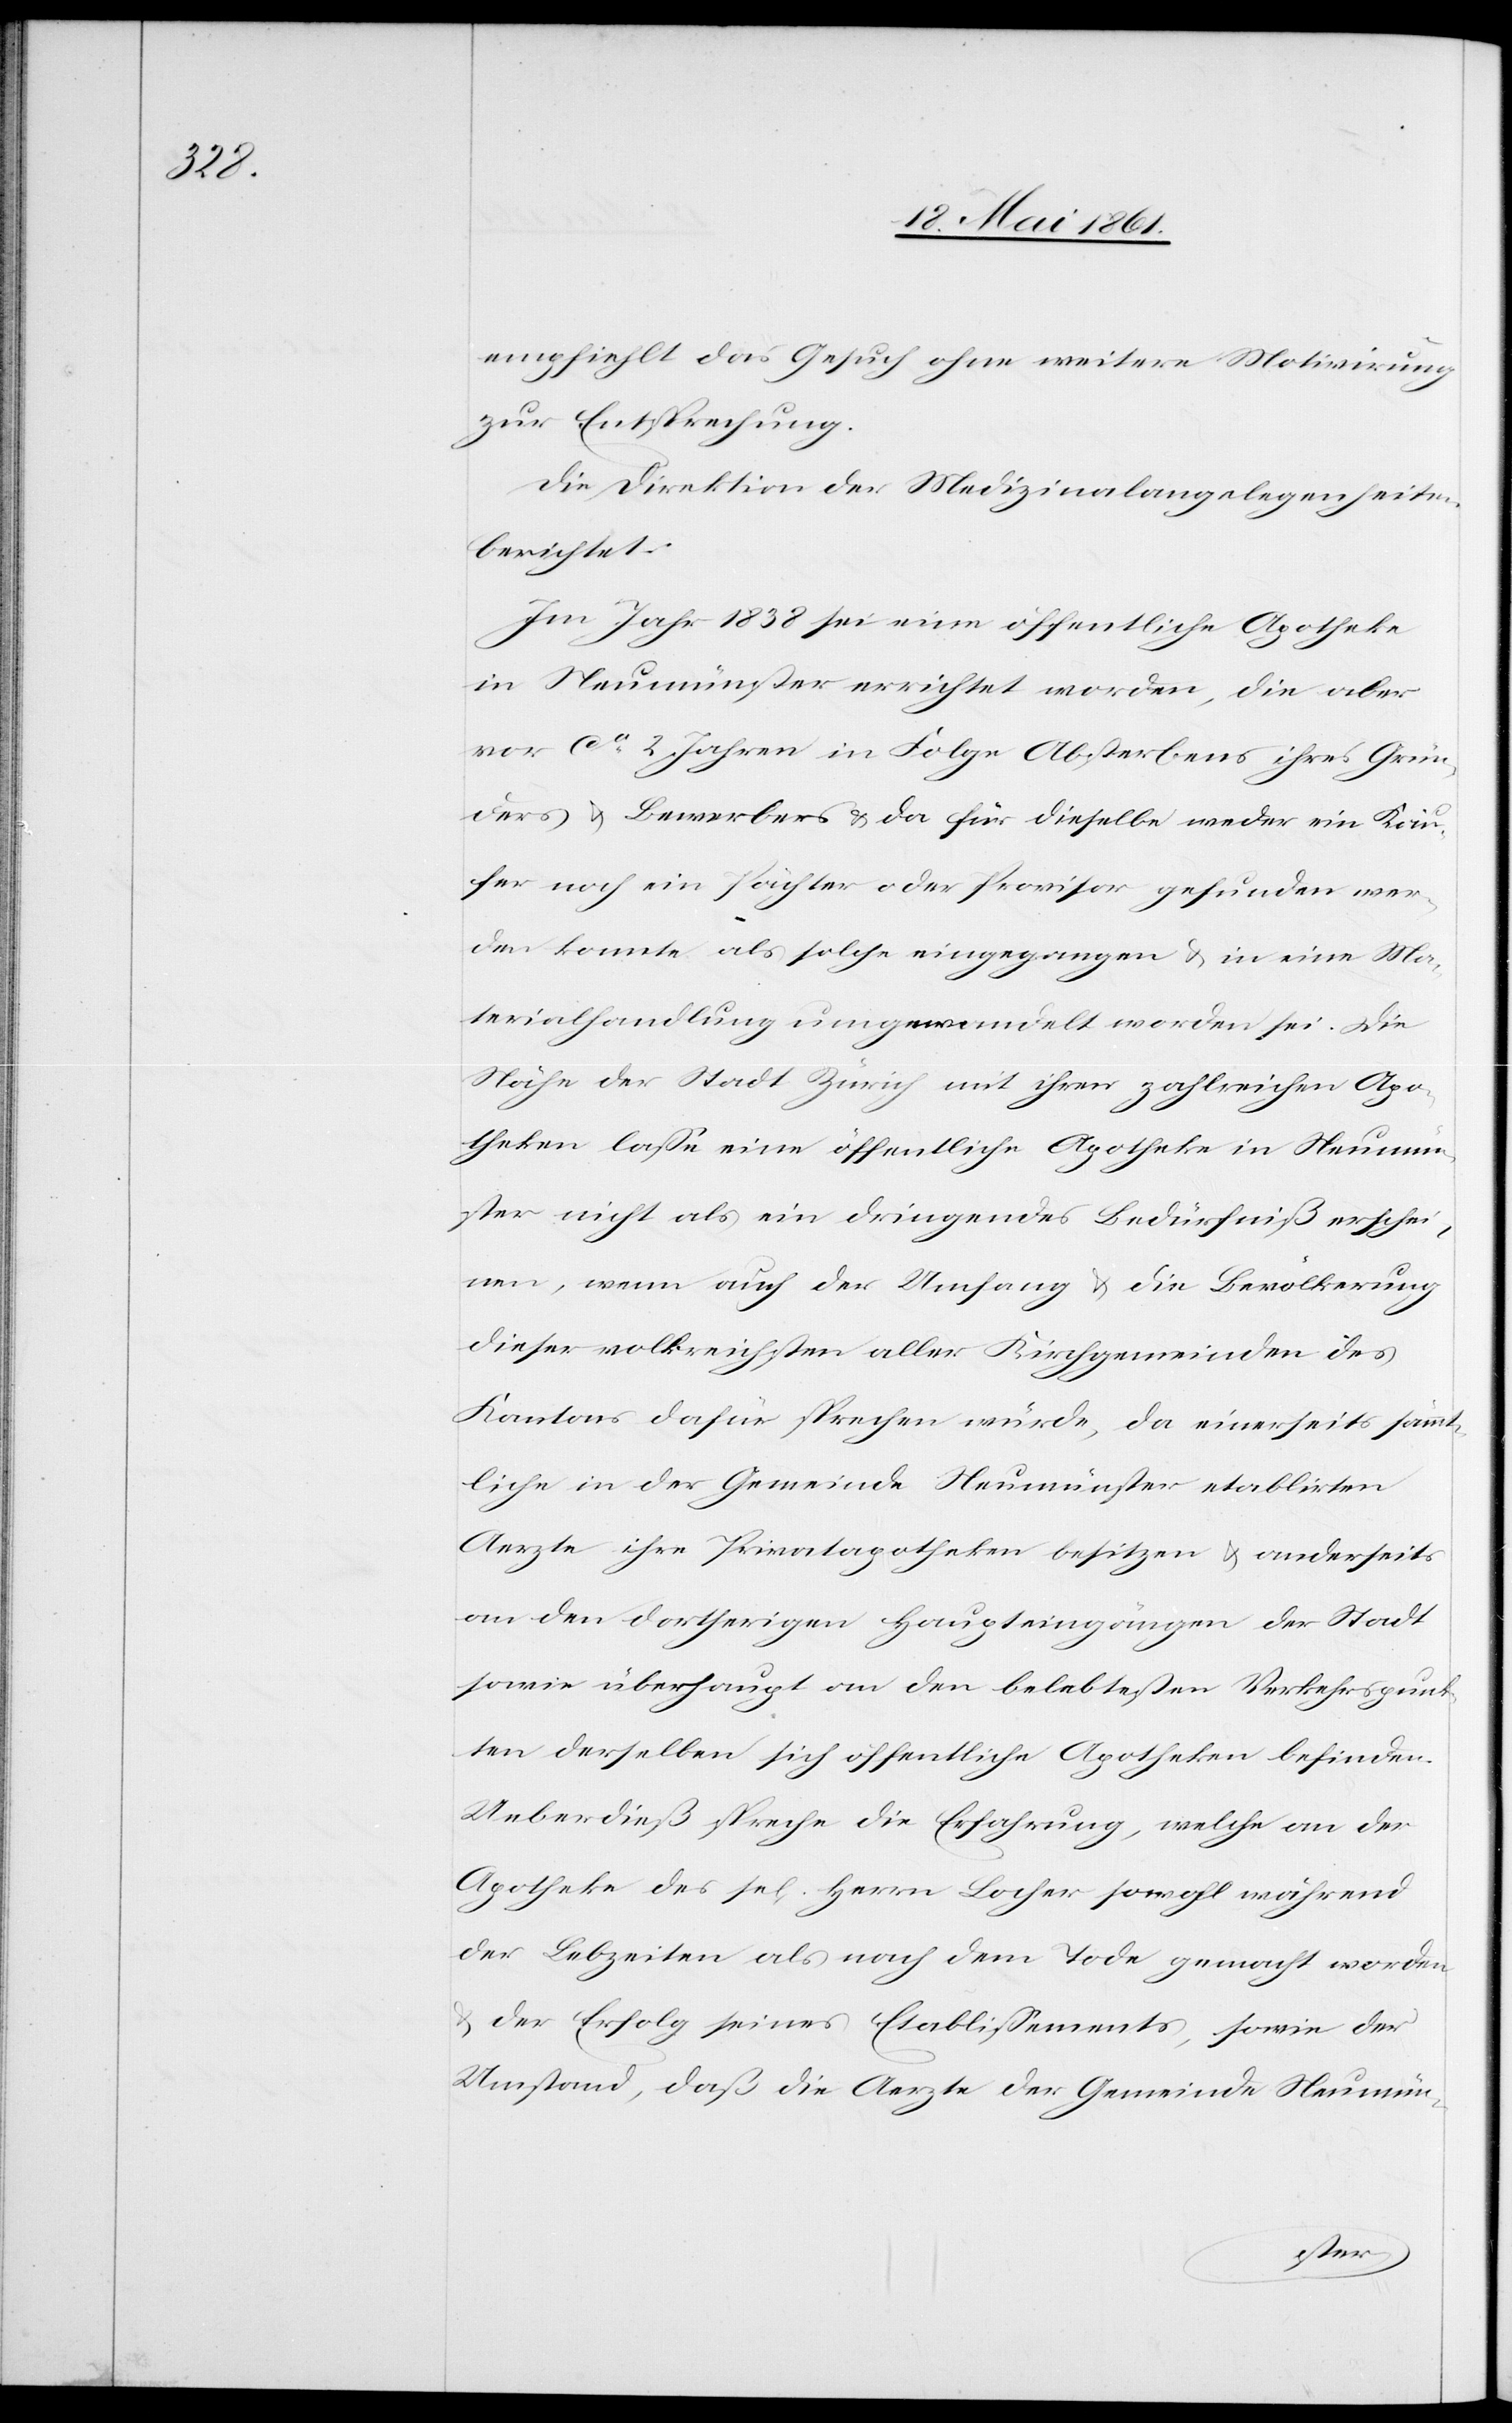
empfiehlt das Gesuch ohne weitere Motivirung
zur Entsprechung.
Die Direktion der Medizinalangelegenheiten
berichtet:
Im Jahr 1838 sei eine öffentliche Apotheke
in Neumünster errichtet worden, die aber
vor ca 2 Jahren in Folge Absterbens ihres Grün¬
ders u. Bewerbers u. da für dieselbe weder ein Käu¬
fer noch ein Pächter oder Provisor gefunden wer¬
den konnte als solche eingegangen u. in eine Ma¬
terialhandlung umgewandelt worden sei. Die
Nähe der Stadt Zürich mit ihren zahlreichen Apo¬
theken lasse eine öffentliche Apotheke in Neumün¬
ster nicht als ein dringendes Bedürfniß erschei¬
nen, wenn auch der Umfang u. die Bevölkerung
dieser volkreichsten aller Kirchgemeinden des
Kantons dafür sprechen würde, da einerseits sämmt¬
liche in der Gemeinde Neumünster etablirten
Aerzte ihre Privatapotheken besitzen u. anderseits
an den dortherigen Haupteingängen der Stadt
sowie überhaupt an den belebtesten Verkehrspunk¬
ten derselben sich öffentliche Apotheken befinden.
Ueberdieß spreche die Erfahrung, welche an der
Apotheke des se[ligen] Herrn Locher sowohl während
der Lebzeiten als nach dem Tode gemacht worden
u. der Erfolg seines Etablissements, sowie der
Umstand, daß die Aerzte der Gemeinde Neumün-